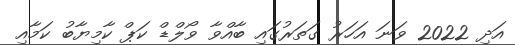
އަދި 2022 ވަނަ އަހަރު ގަތަރުގައި ބާއްވާ ވޯލްޑް ކަޕް ކާމިޔާބު ކަމާއި